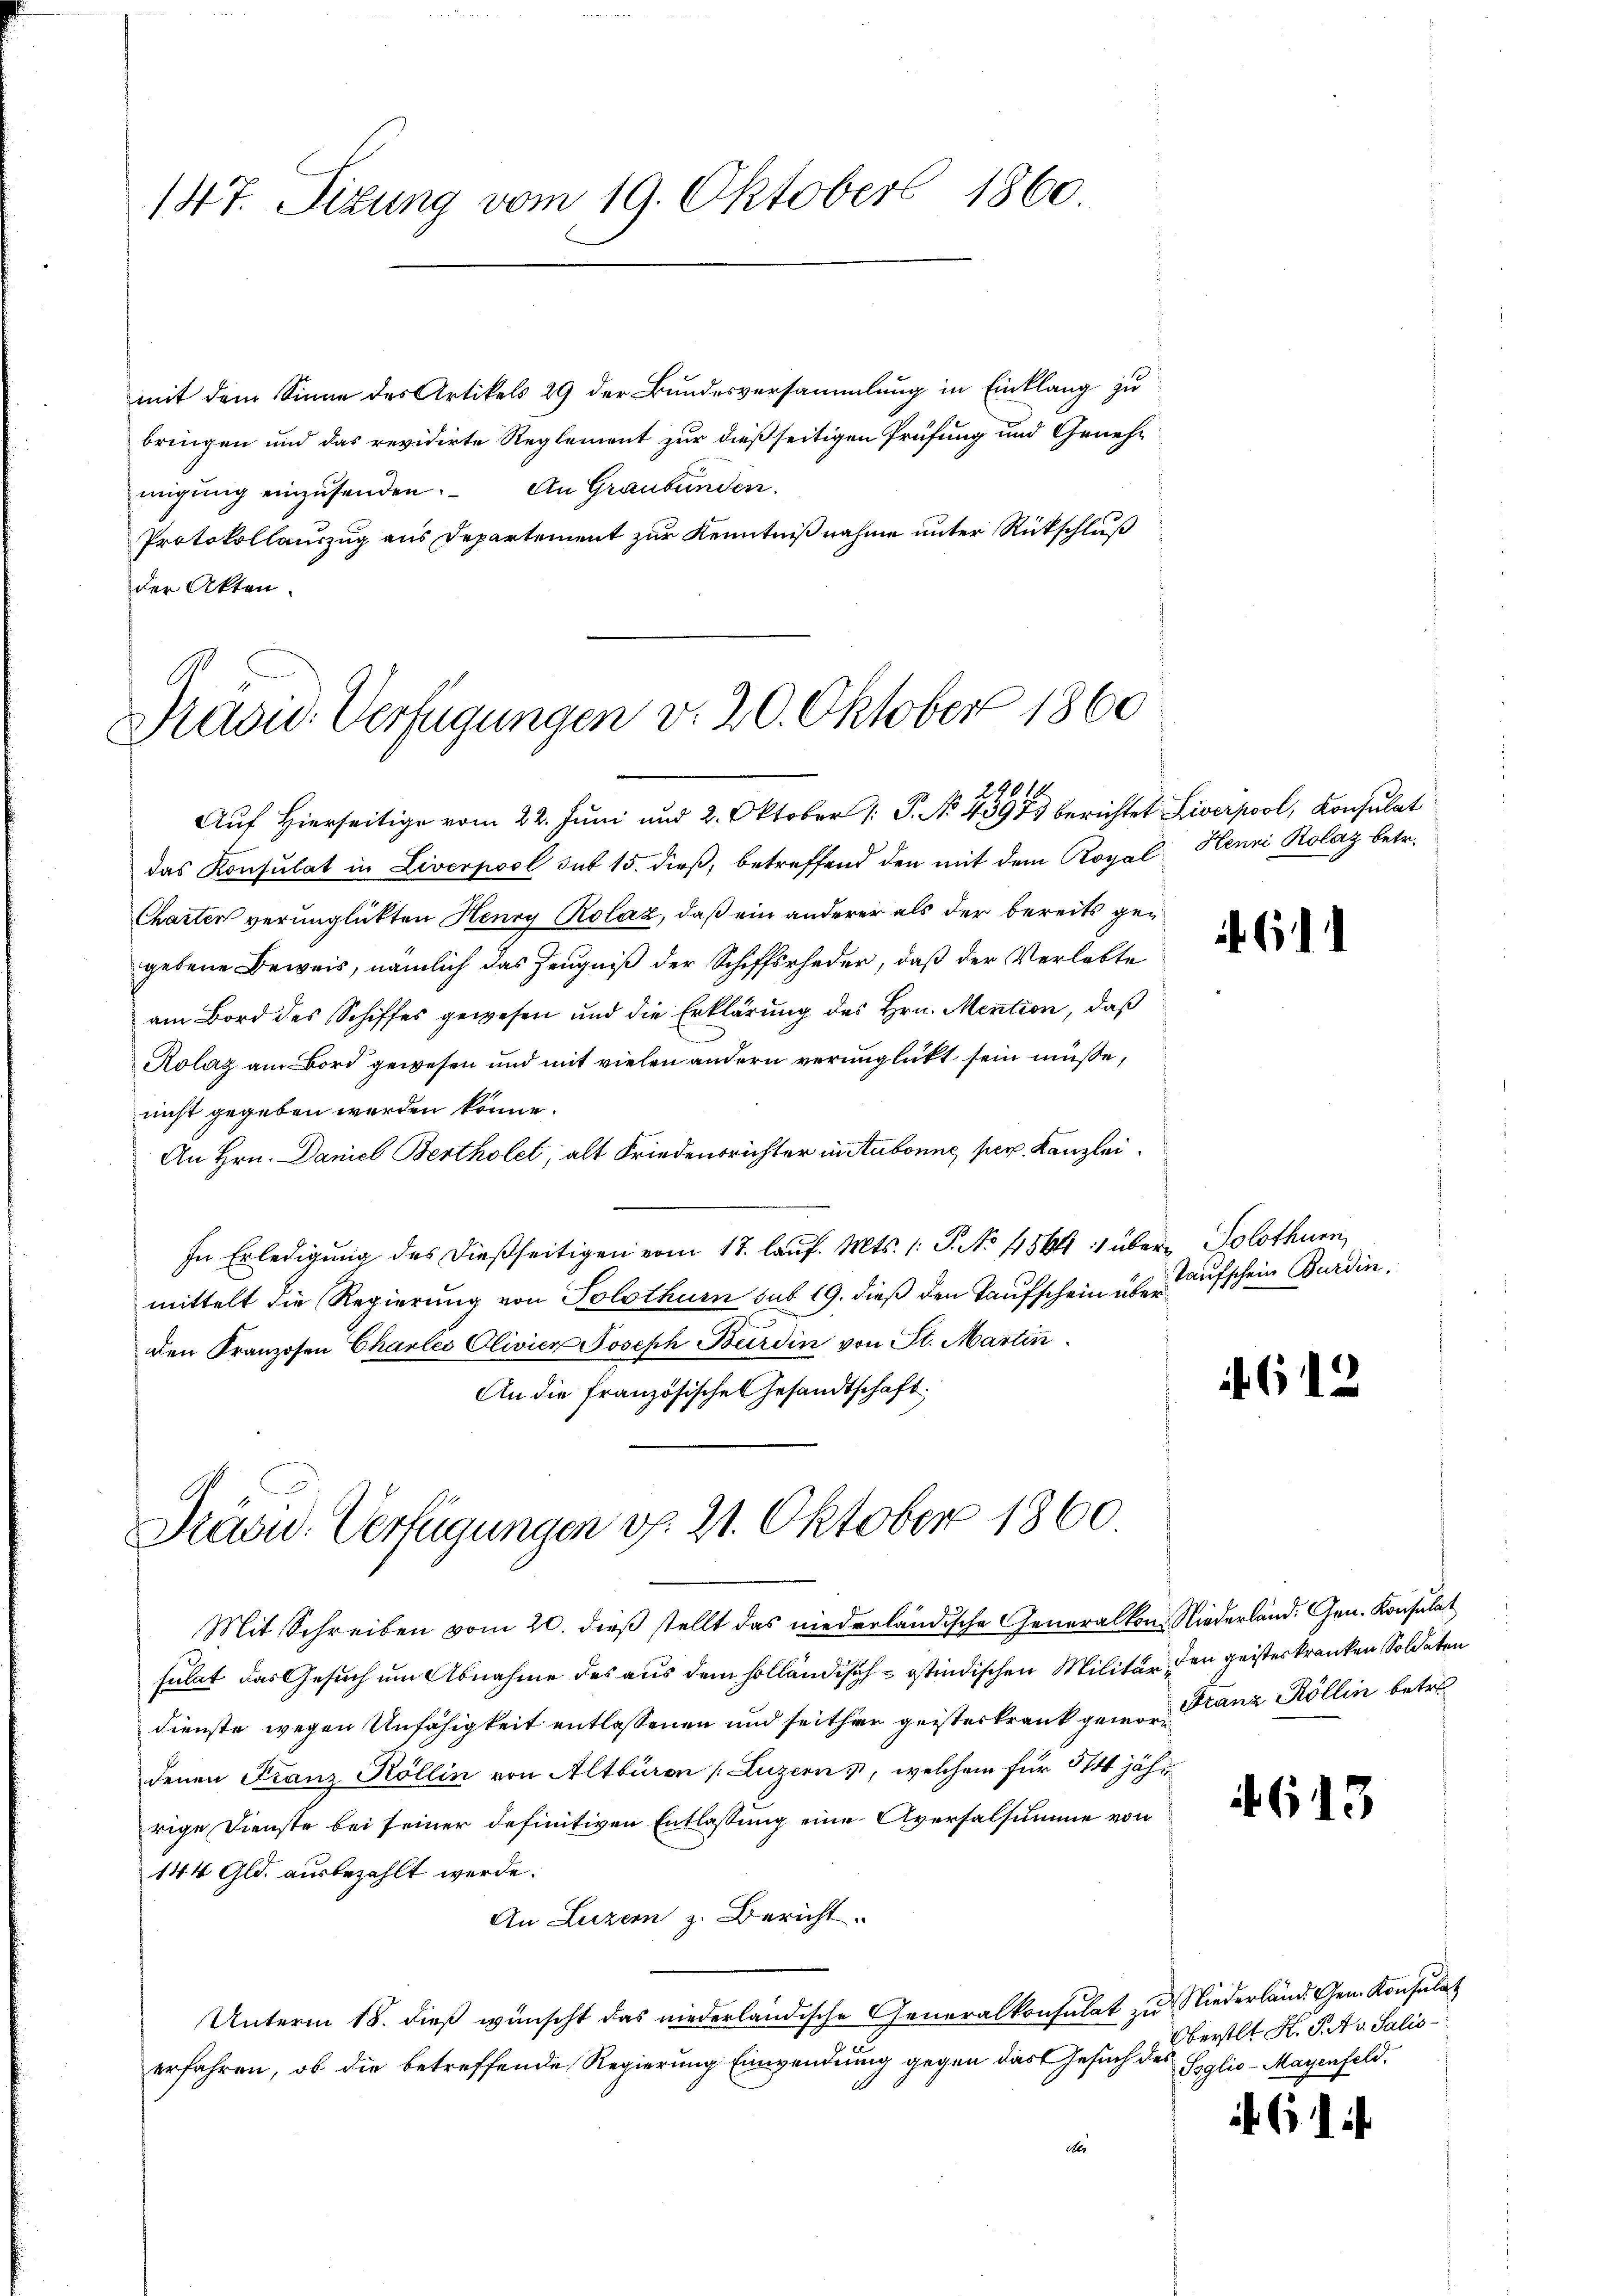
147. Situng vom 19. Oktober 1860.

mit dem Sinne des Artikels 29 der Bundesversammlung in Einklang zu
bringen und das revidirte Reglement zur dießseitigen Prüfung und Genehmigung einzusenden. An Graubünden.
Protokollauszug aus Departement zur Kenntnißnahme unter Rückschluß
der Akten.

Präsid. Verfügungen v. 20. Oktober 1860
Aŭf Hierseitige vom 22. Jŭni und 2. Oktober /: P. No. 43973 berichtet Liverpool, Konsulat

das Konsulat in Liverpool sub 15. dieß, betreffend den mit dem Royal Henni Kolaz betr.
Charter verunglückten Henry Rolaz, daß ein anderer als der bereits gegebene Beweis, nämlich das Zeugniß der Schiffsrheder, daß der Verlebte
am Bord des Schiffes gewesen und die Erklärung des Hrn. Mention, daß
Rolaz am Bord gewesen und mit vielen andern verunglickt sein müsse,
nicht gegeben werden könne.
An Hrn. Daniel Bertholet, alt Friedensrichter in Aubonne per. Kanzlei
In Erledigung des dießseitigen vom 17. lauf. Mts. 1. P. No 1564 1 über Solothurn,
mittelt die Regierung von Solothurn sub 19. dieß den Taufschein über aufschein Burdin
den Franzosen Charlei Clivier Joseph Burdin von St. Martin
An die französisches Gesandtschaft.

A
Pasid. Verfügungen v. 21. Oktober 1860

Mit Schreiben vom 20. dieß stellt das niederländische Generalkon Niederland. Gen. Konsulat
sulat das Gesuch um Abnahme des aus dem holländisch-östindischen Militär, den geisteskranken Soldaten
dienste wegen Unfähigkeit entlassenen und seither geisterkrank gewo Stanz Köllin betre
denen Franz Köllin von Altbüren (Luzern, welchem für 514 jährrige Dienste bei seiner definitiven Entlassung eine Aversalsumme von
144 Gld. ausbezahlt werde.
An Luzern z. Bericht.
Unterm 18. dieß wünscht das niederländische Generalkonsulat zu Niederlände Gen. Konsulat
erfahren, ob die betreffende Regierung Einwendung gegen das Gesuch des
e
der

61

4612

613

Oberstlt H. P. v. Salis¬
Soglio-Mayenfeld.

61.